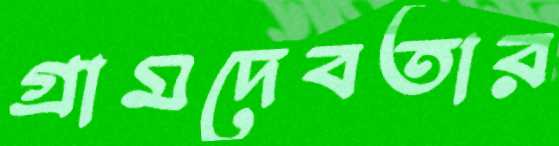
গ্রামদেবতার